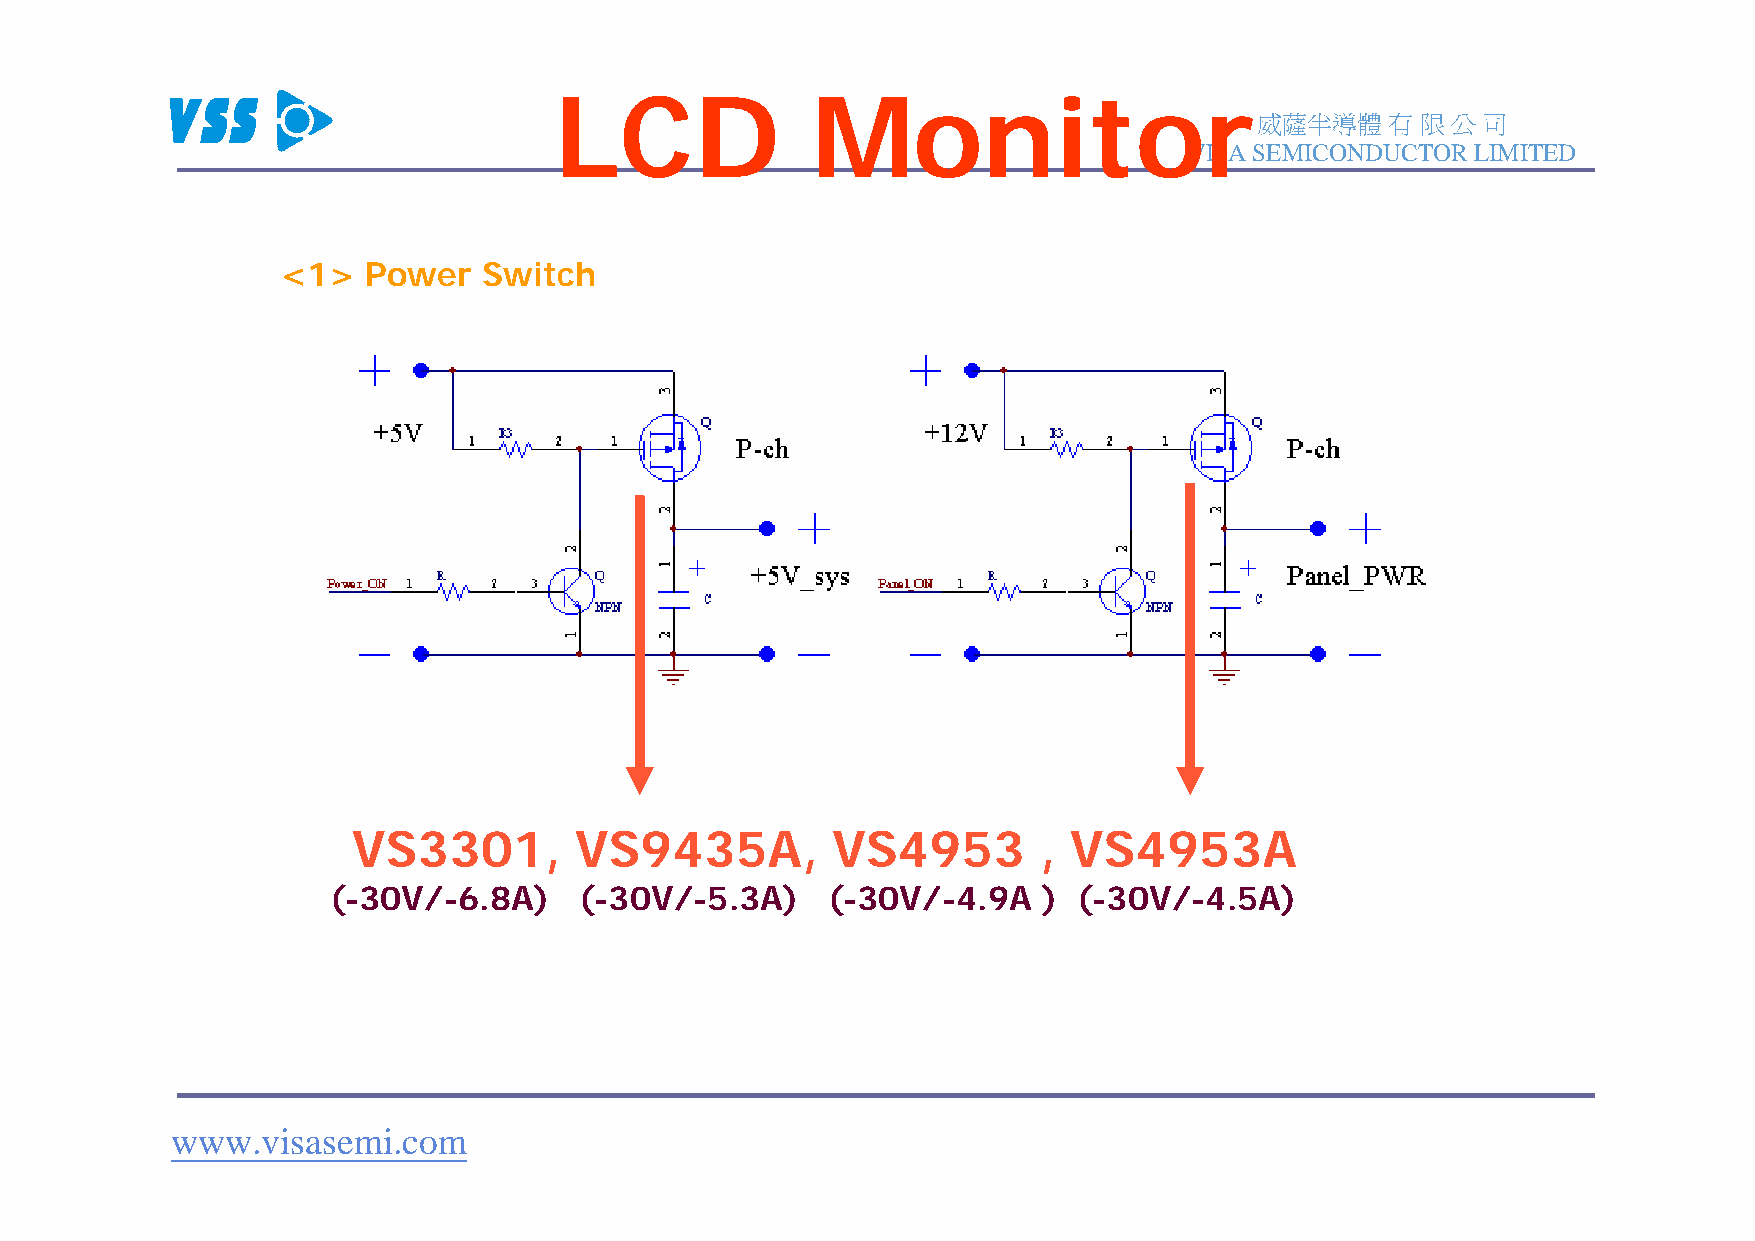
LCD              Monitor
 威薩半導體有限公司
 VISA SEMICONDUCTOR LIMITED
 <1>  Power   Switch
 VS3301,        VS9435A,         VS4953        , VS4953A
 (-30V/-6.8A)    (-30V/-5.3A)     (-30V/-4.9A   ) (-30V/-4.5A)
 www.visasemi.com